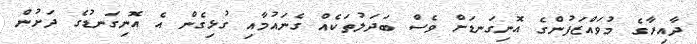
ދާއިރާގެ މުވައްޒަފުންގެ އޮނިގަނޑަށް ވެސް ބަދަލުތަކެއް ގެނައުމާއި ގުޅިގެން އެ އޮނިގަނޑުގެ ދަށުން